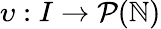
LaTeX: \upsilon:I\rightarrow\mathcal{P}(\mathbb{N})